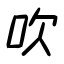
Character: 吹